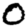
Digit: 0